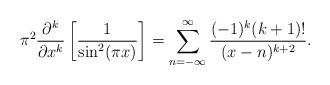
LaTeX: \begin{align*}\pi^2\frac{\partial^k}{\partial x^k}\left[\frac{1}{\sin^2(\pi x)}\right]=\sum_{n=-\infty}^{\infty}\frac{(-1)^k(k+1)!}{(x-n)^{k+2}}.\end{align*}